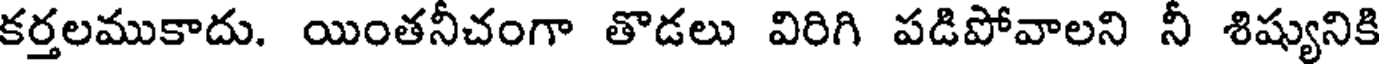
కర్తలముకాదు. యింతనీచంగా తొడలు విరిగి పడిపోవాలని నీ శిష్యునికి